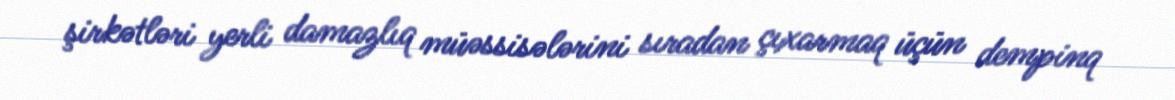
şirkətləri yerli damazlıq müəssisələrini sıradan çıxarmaq üçün dempinq